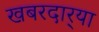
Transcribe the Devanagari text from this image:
खबरदार्‍या